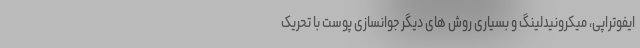
ایفوتراپی، میکرونیدلینگ و بسیاری روش های دیگر جوانسازی پوست با تحریک